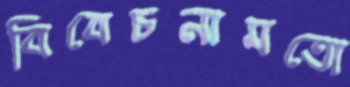
বিবেচনামতো